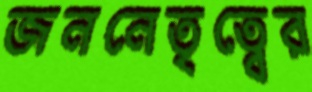
জননেতৃত্বের